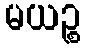
မယဉ္စ